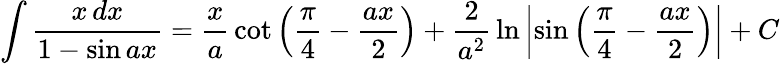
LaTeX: \int{\frac{x\, dx}{1-\sin ax}}={\frac{x}{a}}\cot\left({\frac{\pi}{4}}-{\frac{ax}{2}}\right)+{\frac{2}{a^{2}}}\ln\left|\sin\left({\frac{\pi}{4}}-{\frac{ax}{2}}\right)\right|+C